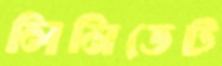
লিমিডেট